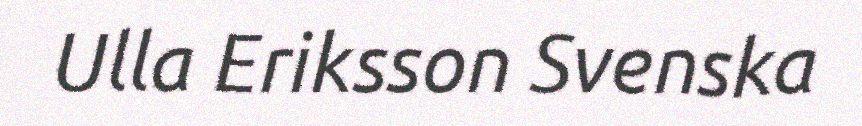
Ulla Eriksson Svenska